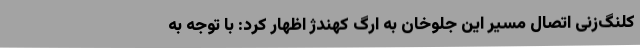
کلنگ‌زنی اتصال مسیر این جلوخان به ارگ کهندژ اظهار کرد: با توجه به